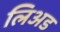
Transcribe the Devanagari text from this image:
लिअड